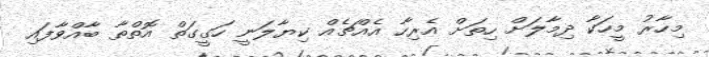
މިހާރު މީހަކާ ދިމާލަށް ހިތަށް އެރިހާ އެއްޗެއް ކިޔާލަނީ ހަގީގަތް އޮތްތާ ބާއްވާފައި